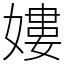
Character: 㜢